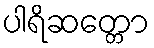
ပါရိဆတ္တော